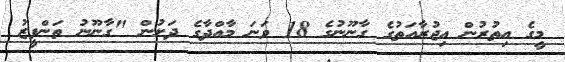
މީގެ އިތުރުން އިޖުރާއަތުގެ ގާނޫނުގެ 18 ވަނަ މާއްދާގެ ދަށުން "ގާނޫނު ތަންފީޒު